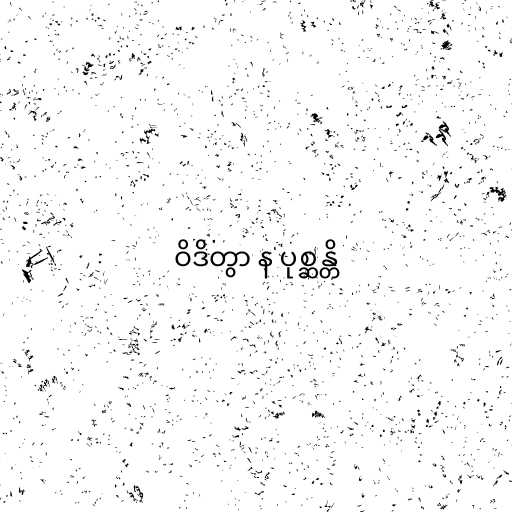
ဝိဒိတွာ န ပုစ္ဆန္တိ